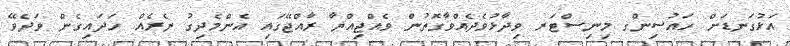
އަޅުގަނޑަށް ހައުސިންގ މިނިސްޓަރ ވިދާޅުވެދެއްވާގޮތުން ވެއްޖިއްޔާ ރާއްޖޭގައި އެންމެދިގު ނެރެއް ހަދައިގެން ވަދެވޭ